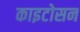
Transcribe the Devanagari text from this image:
काइटोसन